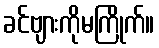
ခင်ဗျားကိုမကြိုက်။